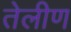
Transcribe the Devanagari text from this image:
तेलीण